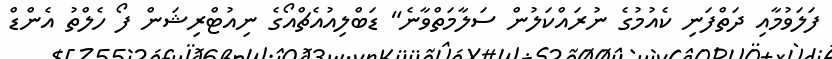
ފަލަވުމާއި ދަތްފަނި ކެއުުމުގެ ނުރައްކަލުން ސަލާމަތްވާނެ" ޑަބްލިއުއެޗްއޯގެ ނިއުޓްރިޝަން ފޯ ހެލްތު އެންޑް